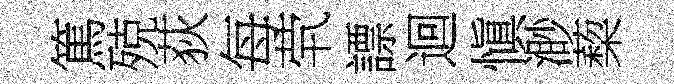
篤殑荻每茕謤迴愼渺蔾